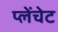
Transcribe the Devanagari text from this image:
प्लेंचेट